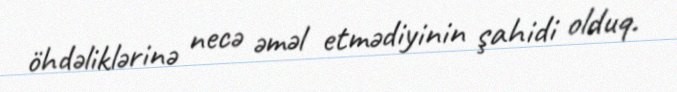
öhdəliklərinə necə əməl etmədiyinin şahidi olduq.